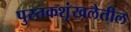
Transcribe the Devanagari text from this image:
पुस्तकशृंखलेतील